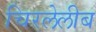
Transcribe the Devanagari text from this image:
चिरलेलीब